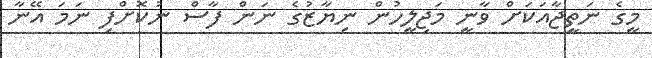
މީގެ ނަތީޖާއަކަށް ވާނީ މަޖިލީހުން ނިޔާޒުގެ ނަން ފާސް ނުކޮށްފި ނަމަ އޭނާ